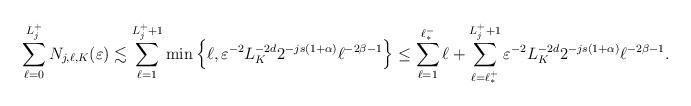
LaTeX: \begin{align*}\sum_{\ell=0}^{L_j^+} N_{j,\ell,K}(\varepsilon) &\lesssim \sum_{\ell=1}^{L_j^++1} \min\Big\{ \ell , \varepsilon^{-2} L_K^{-2d} 2^{-js(1+\alpha)} \ell^{-2\beta-1} \Big\}\le \sum_{\ell=1}^{\ell^-_*} \ell + \sum_{\ell=\ell^+_*}^{L^+_j+1} \varepsilon^{-2} L^{-2d}_K 2^{-js(1+\alpha)} \ell^{-2\beta-1}.\end{align*}